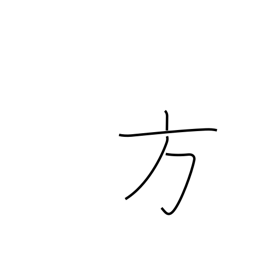
Meaning: alternative